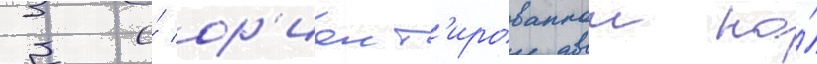
3 и́ ор'иент'ированнои на́